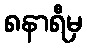
၈နာရီမှ